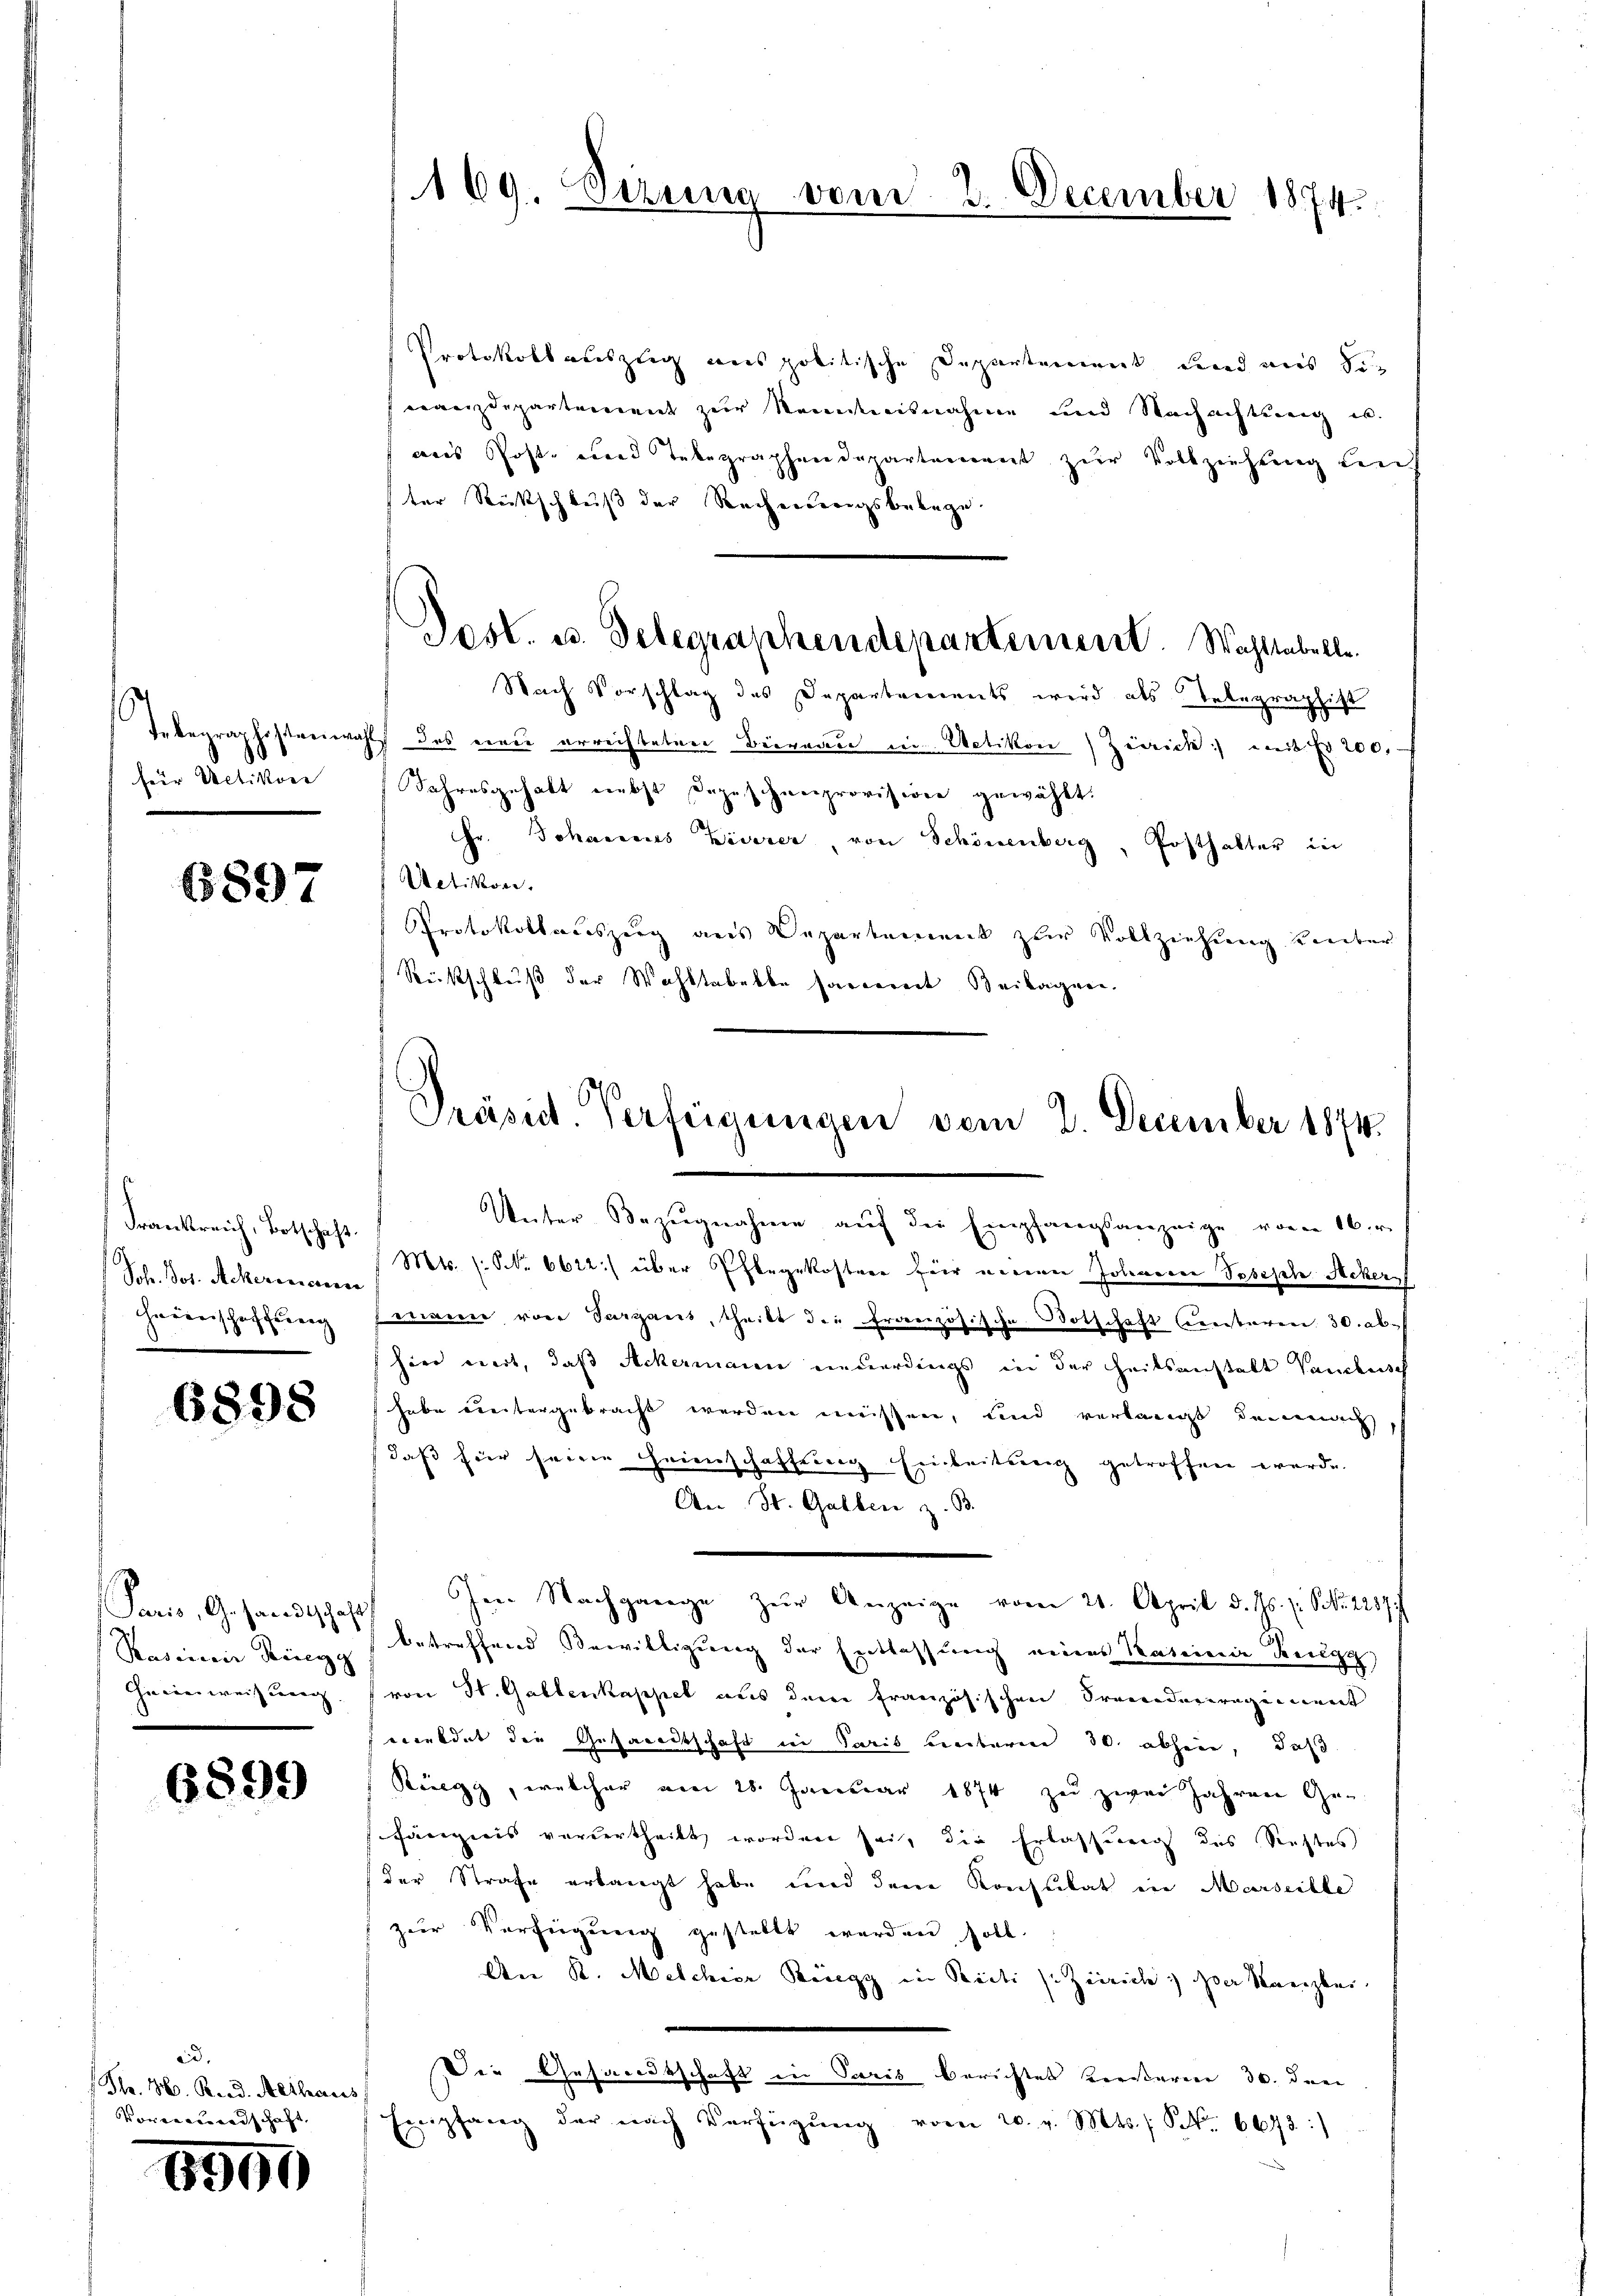
für Uetikon

6897

Schr. Jos. Ackeroesccessa
Hauserschaffung

6898

Paris, Gesandtschaft
Radinair Krieg |
Ineinweisung |

6899

aid
(Th. 36. Rud. Althaus
Vorderundschaft

6990

169. Sizung vom 2. December 1874.

Protokollauszug aus politische Departement und aus Sinanzdepartement zur Kenntnisnahme und Nachachtung u.
aus Post- und Telegraphendepartement zŭr Vollziehŭng auf
ter Rückschluß der Rechniserigsbelege.
Nach Vorschlag des Departerrents wird als Telegraphist
Tebegraphistreiwahl des einen errechteten Büreau in Uetikon) Zürich) mit Fr. 200,
Jahresgehalt nebst dazuschneeprovision gewählt:
Fr. Johannes Kiserer von Schönenberg, Posthalter in
Actiskon
Protokollauszug aus Departement zur Vollziehung kanter
Rückschluß der Wahltabelbe handereit Beilagen.

Post. u. Telegraphendepartement. Wahltabelle

Unter Bezŭgnahme aŭf die Empfangsanzeige vom 16.r.
Frankreich, Botsche Mie (: No 6622) über Pflegekosten für einen Johannen Segesehe Acker
Emanne von Sargaus, theilt die französische Botschaft Centaren 30. ab-
hier viert, daß Ackermanen neuerdings in der heitsanstalt Vandleisch
habe weitergebracht werden müssen, und verlangt, demnach
daß für seine Heimschaffung Einbeitung getroffen werde.
An St. Galben z. B.
Im Nachgange zŭr Anzeige vom 21. April d. Js. z. S. 2287/
betreffend Bewilligung der Entlassung eines Kateine Rengg
von H. Gallenkappel aus dem französischen Procedureragenent
secondat die Gesandtschaft in Paris unteren 30. abhin, daß
Rüegg, welcher am 28. Januar 1874 zu zwei Jahren Gefängnis vordertheilt worden sei, die Erlassung des Restes
der Strafe erlangt habe und dem Konsulat in Marseille
zur Verfügung gestellt werden soll.
An R. Melchior Rüegg in Bieli s. Zürich; der Kanzler
Der Gesandtschaft in Paris Berichtet versterien 30. die
Empfang der nach Verfügŭng vom 20. v. Mts. S. 6673:

Präsid. Verfügungen vom 2. December 1874.